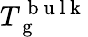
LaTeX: T_{\mathrm{~g~}}^{\mathrm{~b~u~l~k~}}